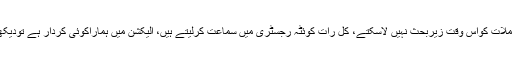
تمام معاملات کواس وقت زیربحث نہیں لاسکتے، کل رات کوئٹہ رجسٹری میں سماعت کرلیتے ہیں، الیکشن میں ہماراکوئی کردار ہے تودیکھیں گے۔